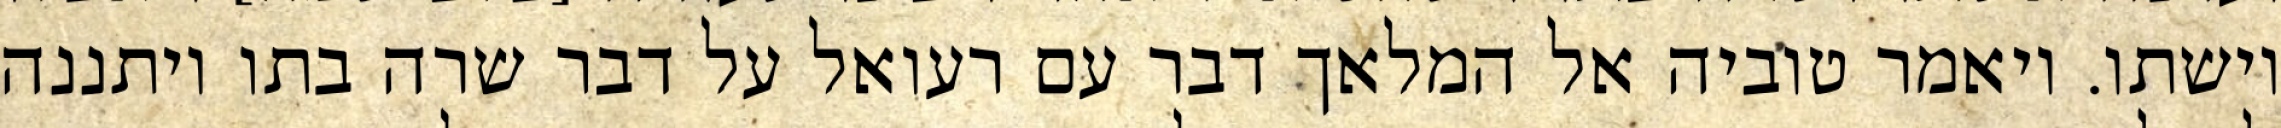
וישתו. ויאמר טוביה אל המלאך דבר עם רעואל על דבר שרה בתו ויתננה